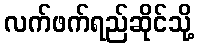
လက်ဖက်ရည်ဆိုင်သို့